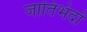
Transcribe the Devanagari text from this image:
जातिभेदों